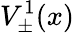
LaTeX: V_{\pm}^{1}(x)